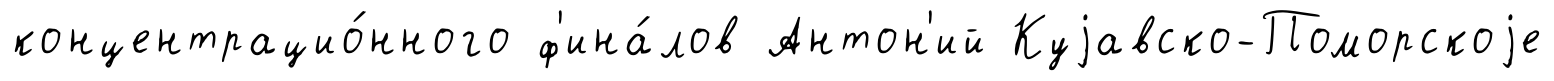
концентрацио́нного ф'ина́лов Антон'ий Куjавско-Поморскоjе